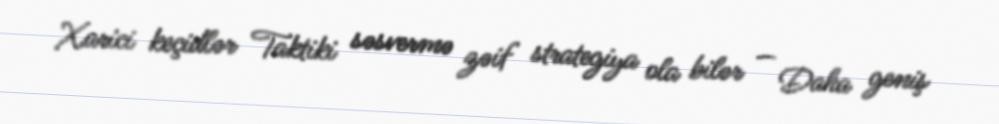
Xarici keçidlər Taktiki səsvermə zəif strategiya ola bilər — Daha geniş